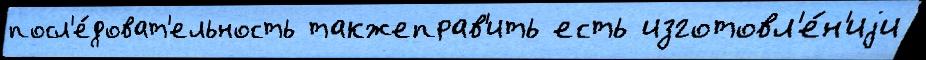
посл'е́доват'ельность такжеправ'ить есть изготовл'е́н'иjи